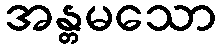
အန္တမသော